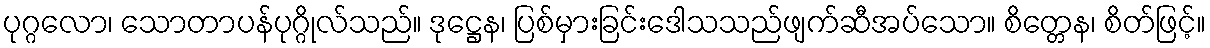
ပုဂ္ဂလော၊ သောတာပန်ပုဂ္ဂိုလ်သည်။ ဒုဋ္ဌေန၊ ပြစ်မှားခြင်းဒေါသသည်ဖျက်ဆီအပ်သော။ စိတ္တေန၊ စိတ်ဖြင့်။